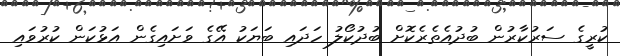
ކުރީގެ ސަރުކާރުން ބުދުއެތެރެކޮށް ބުދުކޯލު ހަދައި ބަޔަކު އޭގެ ވަށައިގެން އަޅުކަން ކުރުވައި